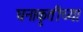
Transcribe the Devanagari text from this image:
घनाकृतीच्या